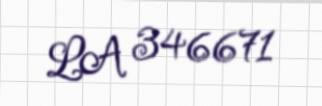
LA 346671